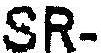
SR-